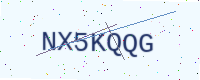
Text: NX5KQQG